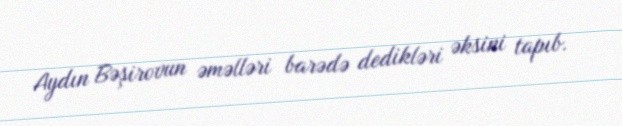
Aydın Bəşirovun əməlləri barədə dedikləri əksini tapıb.